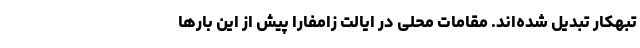
تبهکار تبدیل شده‌اند. مقامات محلی در ایالت زامفارا پیش‌ از این بارها